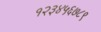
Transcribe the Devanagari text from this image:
१२३४५६७८९